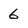
Character: 6